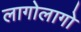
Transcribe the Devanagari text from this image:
लागोलागो